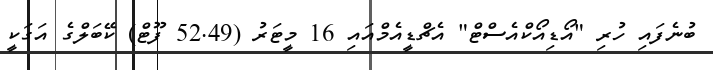
ބުނެފައި ހުރި "އޯޑިއޯކްއެސްޓް" އެޗްޑީއެމްއައި 16 މީޓަރު (52.49 ފޫޓް) ކޭބަލްގެ އަގަކީ